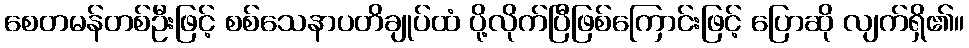
စေတမန်တစ်ဦးဖြင့် စစ်သေနာပတိချုပ်ထံ ပို့လိုက်ပြီဖြစ်ကြောင်းဖြင့် ပြောဆို လျက်ရှိ၏။